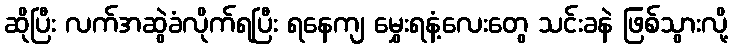
ဆိုပြီး လက်အဆွဲခံလိုက်ရပြီး ရနေကျ မွှေးရနံ့လေးတွေ သင်းခနဲ ဖြစ်သွားလို့